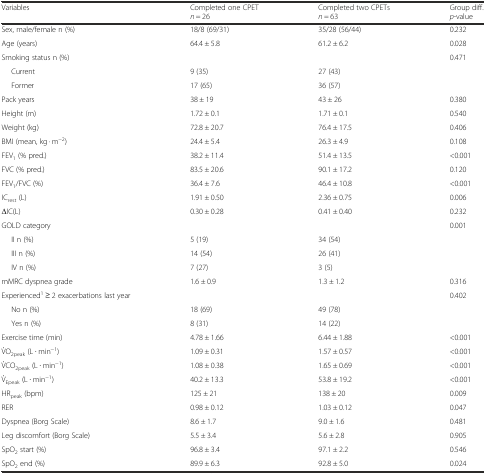
<table><thead><tr><td><b>Variables</b></td><td><b>Completed one CPET <i>n</i> = 26</b></td><td><b>Completed two CPETs <i>n</i> = 63</b></td><td><b>Group diff. <i>p</i>-value</b></td></tr></thead><tbody><tr><td>Sex, male/female n (%)</td><td>18/8 (69/31)</td><td>35/28 (56/44)</td><td>0.232</td></tr><tr><td>Age (years)</td><td>64.4 ± 5.8</td><td>61.2 ± 6.2</td><td>0.028</td></tr><tr><td>Smoking status n (%)</td><td></td><td></td><td rowspan="3">0.471</td></tr><tr><td>Current</td><td>9 (35)</td><td>27 (43)</td></tr><tr><td>Former</td><td>17 (65)</td><td>36 (57)</td></tr><tr><td>Pack years</td><td>38 ± 19</td><td>43 ± 26</td><td>0.380</td></tr><tr><td>Height (m)</td><td>1.72 ± 0.1</td><td>1.71 ± 0.1</td><td>0.540</td></tr><tr><td>Weight (kg)</td><td>72.8 ± 20.7</td><td>76.4 ± 17.5</td><td>0.406</td></tr><tr><td>BMI (mean, kg · m<sup>−2</sup>)</td><td>24.4 ± 5.4</td><td>26.3 ± 4.9</td><td>0.108</td></tr><tr><td>FEV<sub>1</sub> (% pred.)</td><td>38.2 ± 11.4</td><td>51.4 ± 13.5</td><td>&lt;0.001</td></tr><tr><td>FVC (% pred.)</td><td>83.5 ± 20.6</td><td>90.1 ± 17.2</td><td>0.120</td></tr><tr><td>FEV<sub>1</sub>/FVC (%)</td><td>36.4 ± 7.6</td><td>46.4 ± 10.8</td><td>&lt;0.001</td></tr><tr><td>IC<sub>rest</sub> (L)</td><td>1.91 ± 0.50</td><td>2.36 ± 0.75</td><td>0.006</td></tr><tr><td>ΔIC(L)</td><td>0.30 ± 0.28</td><td>0.41 ± 0.40</td><td>0.232</td></tr><tr><td>GOLD category</td><td></td><td></td><td rowspan="4">0.001</td></tr><tr><td>II n (%)</td><td>5 (19)</td><td>34 (54)</td></tr><tr><td>III n (%)</td><td>14 (54)</td><td>26 (41)</td></tr><tr><td>IV n (%)</td><td>7 (27)</td><td>3 (5)</td></tr><tr><td>mMRC dyspnea grade</td><td>1.6 ± 0.9</td><td>1.3 ± 1.2</td><td>0.316</td></tr><tr><td>Experienced<sup>1</sup> ≥ 2 exacerbations last year</td><td></td><td></td><td rowspan="3">0.402</td></tr><tr><td>No n (%)</td><td>18 (69)</td><td>49 (78)</td></tr><tr><td>Yes n (%)</td><td>8 (31)</td><td>14 (22)</td></tr><tr><td>Exercise time (min)</td><td>4.78 ± 1.66</td><td>6.44 ± 1.88</td><td>&lt;0.001</td></tr><tr><td>V̇O<sub>2peak</sub> (L ∙ min<sup>−1</sup>)</td><td>1.09 ± 0.31</td><td>1.57 ± 0.57</td><td>&lt;0.001</td></tr><tr><td>V̇CO<sub>2peak</sub> (L ∙ min<sup>−1</sup>)</td><td>1.08 ± 0.38</td><td>1.65 ± 0.69</td><td>&lt;0.001</td></tr><tr><td>V̇<sub>Epeak</sub> (L ∙ min<sup>−1</sup>)</td><td>40.2 ± 13.3</td><td>53.8 ± 19.2</td><td>&lt;0.001</td></tr><tr><td>HR<sub>peak</sub> (bpm)</td><td>125 ± 21</td><td>138 ± 20</td><td>0.009</td></tr><tr><td>RER</td><td>0.98 ± 0.12</td><td>1.03 ± 0.12</td><td>0.047</td></tr><tr><td>Dyspnea (Borg Scale)</td><td>8.6 ± 1.7</td><td>9.0 ± 1.6</td><td>0.481</td></tr><tr><td>Leg discomfort (Borg Scale)</td><td>5.5 ± 3.4</td><td>5.6 ± 2.8</td><td>0.905</td></tr><tr><td>SpO<sub>2</sub> start (%)</td><td>96.8 ± 3.4</td><td>97.1 ± 2.2</td><td>0.546</td></tr><tr><td>SpO<sub>2</sub> end (%)</td><td>89.9 ± 6.3</td><td>92.8 ± 5.0</td><td>0.024</td></tr></tbody></table>